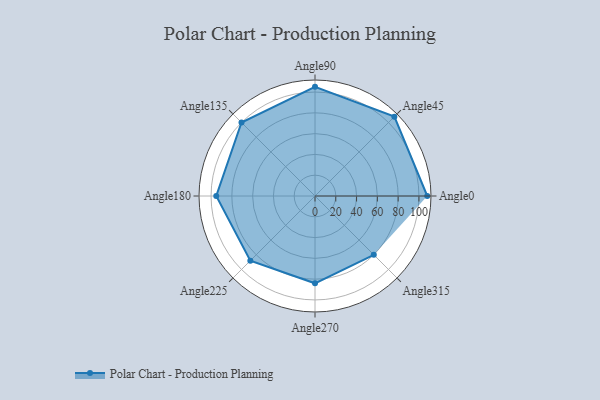
{"axis": {"x": "Angle", "y": "Radius"}, "legend": [""], "data": [{"x": "Angle0", "y": 108.0, "type": ""}, {"x": "Angle45", "y": 108.0, "type": ""}, {"x": "Angle90", "y": 105.0, "type": ""}, {"x": "Angle135", "y": 100.0, "type": ""}, {"x": "Angle180", "y": 95.0, "type": ""}, {"x": "Angle225", "y": 88.0, "type": ""}, {"x": "Angle270", "y": 84.0, "type": ""}, {"x": "Angle315", "y": 80.0, "type": ""}]}